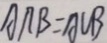
A \cap B = A \cup B